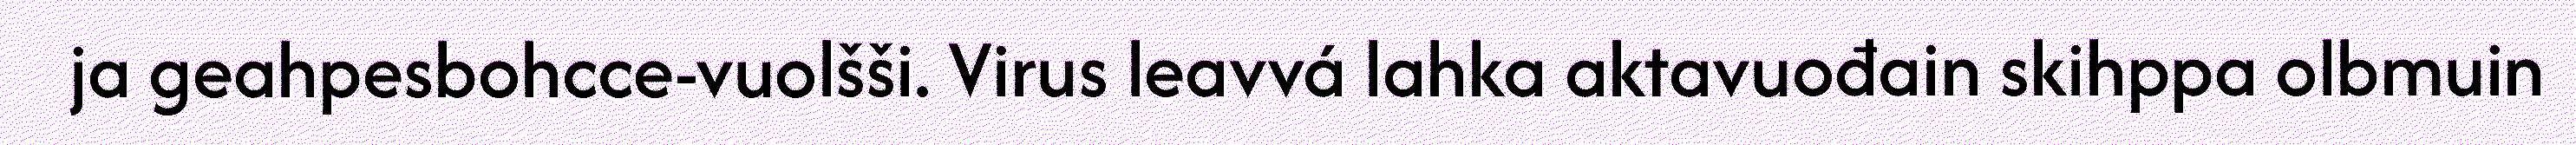
ja geahpesbohcce-vuolšši. Virus leavvá lahka aktavuođain skihppa olbmuin